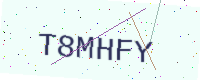
Text: T8MHFY